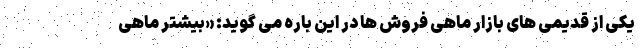
یکی از قدیمی های بازار ماهی فروش ها در این باره می گوید: «بیشتر ماهی